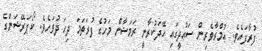
ފުރާފައެވެ. ޢުމްރާވެރިން ސަޢުދީގައި ހޭދަކުރާނީ ރަމަޟާން މަހުގެ ފުރަތަމަ ދިހަ ދުވަހެވެ. ކޯޕަރޭޝަންގެ